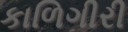
કાળિગીરી